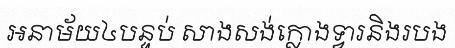
អនាម័យ៤បន្ទប់ សាងសង់ក្លោងទ្វារនិងរបង